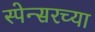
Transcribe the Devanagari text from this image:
स्पेन्सरच्या